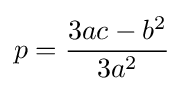
p={\frac {3ac-b^{2}}{3a^{2}}}